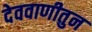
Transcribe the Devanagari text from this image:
देववाणीतुन